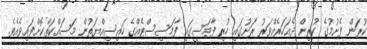
ކުރަން ފެށުމުގެ ކުރިން ދެއަހަރެއްވަރު ރަށުގައި ހުރި ފާމަސީގައި ފާމަސިސްޓެއްގެ ހައިސިއްޔަތުން މަސައްކަތްކޮށްފައިވެއެވެ.